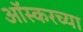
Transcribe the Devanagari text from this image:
ऑस्करच्या